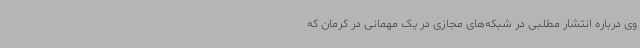
وی درباره انتشار مطلبی در شبکه‌های مجازی در یک مهمانی در کرمان که